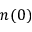
n ( 0 )